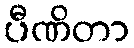
ပီဏိတာ